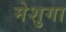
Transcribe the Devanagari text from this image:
मेशुगा